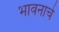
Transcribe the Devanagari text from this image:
भावनाचे